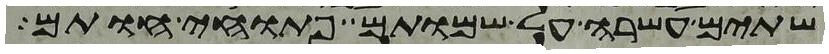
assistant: שתים עשרה על שמותם פתוחי חותם